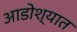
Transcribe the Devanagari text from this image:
आडोश्यात